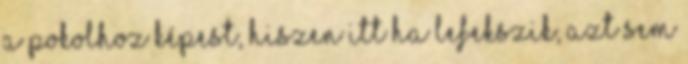
a pokolhoz képest, hiszen itt ha lefekszik, azt sem